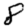
Digit: 8